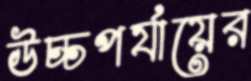
উচ্চপর্যায়ের